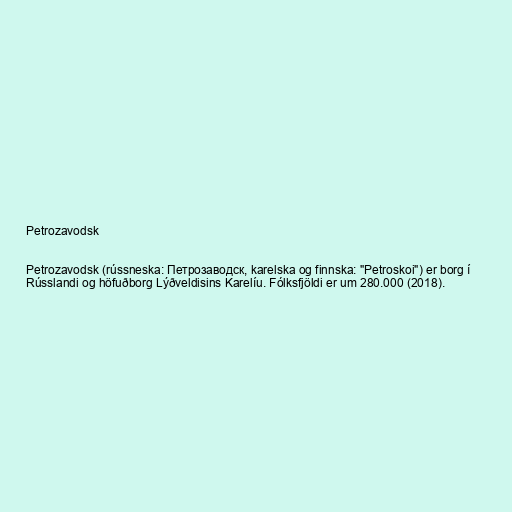
Petrozavodsk

Petrozavodsk (rússneska: Петрозаводск, karelska og finnska: "Petroskoi") er borg í
Rússlandi og höfuðborg Lýðveldisins Karelíu. Fólksfjöldi er um 280.000 (2018).